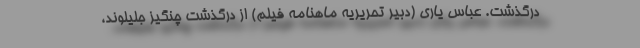
درگذشت. عباس یاری (دبیر تحریریه ماهنامه فیلم) از درگذشت چنگیز جلیلوند،